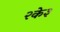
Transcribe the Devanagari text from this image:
२के३